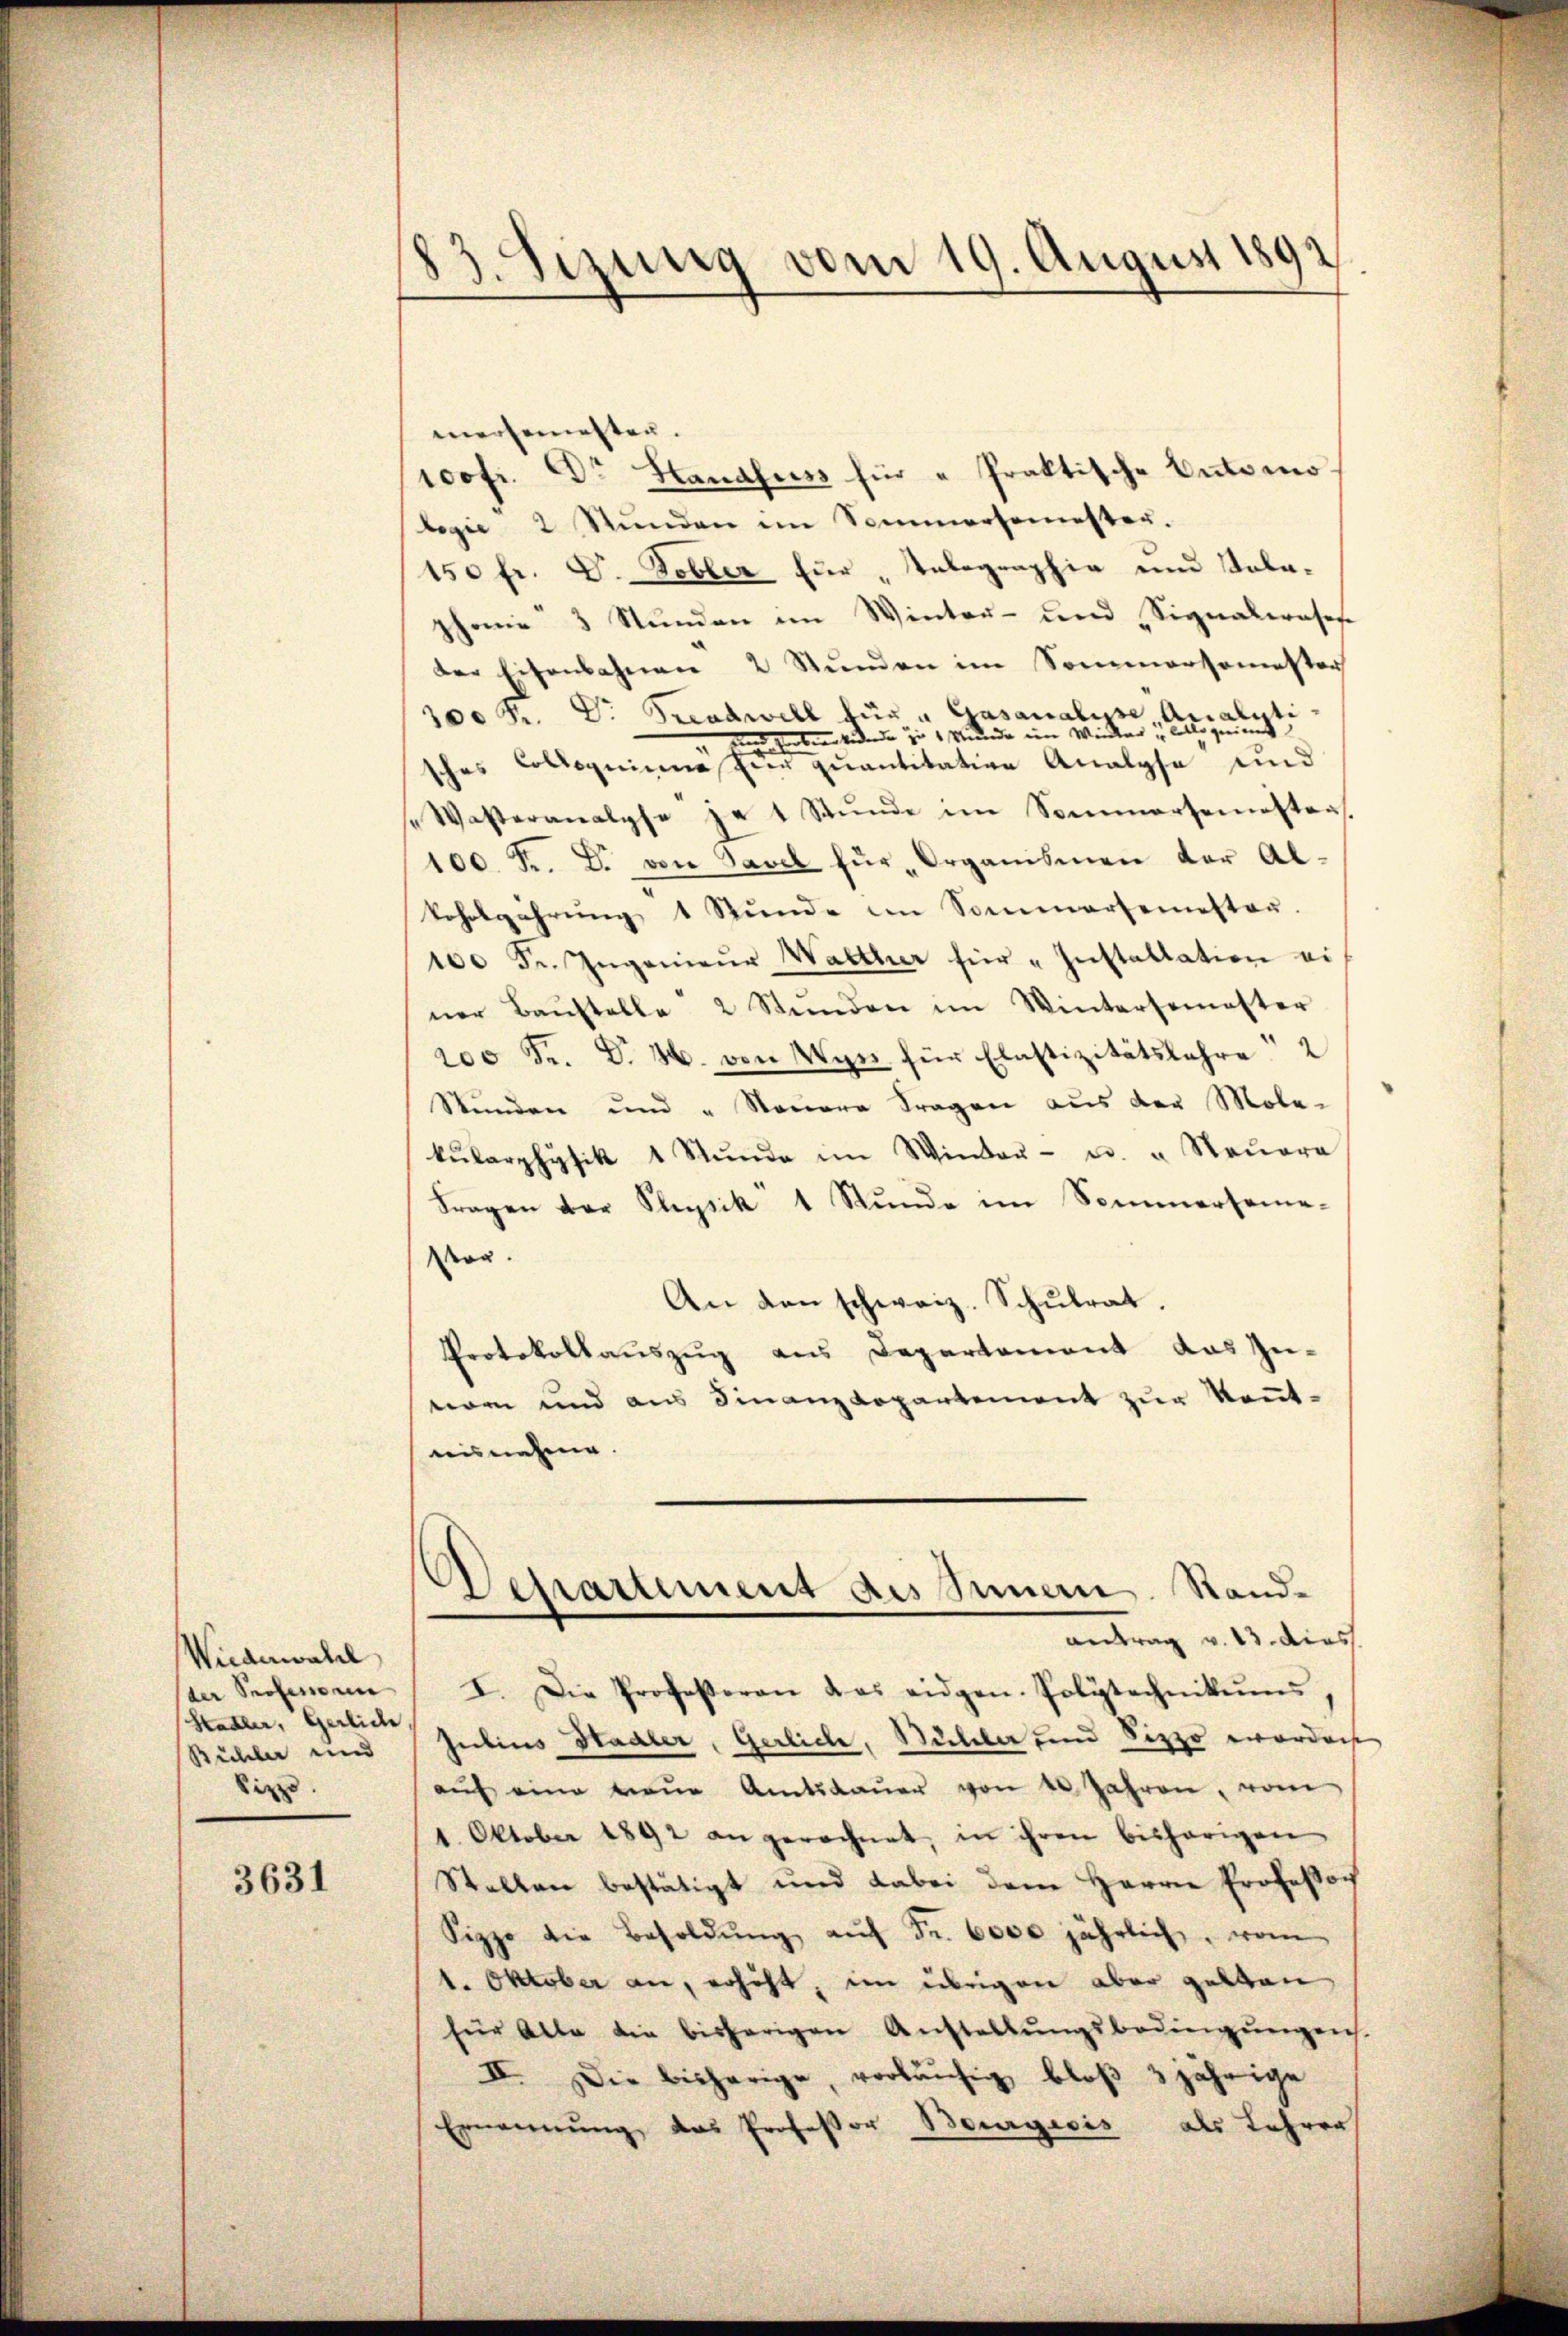
Wiederwahl
der Professun
Hadler, Gerliche
Stühler und
Sizzo.

3631

83. Sizung vom 19. August 1892.

mergemesten.
1oofr. Dr Handfuss für "Praktische Automo
begie 2 Stŭnden im Sommersemester.
150 fr. Dr. Tobler für „Telegraphie und Salahonie 3 Stunden im Winter- und Signalerosen
der Eisenbahnen 2 Stunden im Sommersemester
300 Fr. Dr. Graswill für " Gasanalser, Art au
n herben beidende zu 1 kunde im W
sches Collegium hier quantitation Analyse und
Wasteranalphe je 1 Stunde im Sommersemesters.
100. F. B. von Savel für „Organismen der Al-
koholgährŭng 1 Stŭnde im Sommersemester.
100 Fr. Ingenieŭr Walther für "Installation ei
ner Baŭstelle 2 Stŭnden im Wintersemester
200 Fr. Dr. H. von Wyn für Elastizitätslehre 2
Stunden und "Naŭere Fragen aus der Mole-
kŭlarphysik 1 Stŭnde im Winter- u. " Neŭera
Fragen der Physik 1 Stŭnde im Sommersame-
Mon.
An den schweiz. Schŭlrat.
Protokollauszug aus Departament das Zu-
eeren und aus Finanz Lopartement zur Kenntaisnehme.

Departement des Innern. Standantrag v. 13. dies

I. Die Professoren das eidgen. Polytechnikums,
Julius Stadler, Gerliche, Bühler und Sippo ewordes
aŭf eine neŭe Amtsdaŭer von 10 Jahren, vom
1. Oktober 1891 angerechnet, in ihren bisherigen
Stellen bestätigt und dabei dem Herrn Professor
Sippo die Besoldŭng aŭf Fr. 6000 jährlich, vom
1. Oktober an, erhöht, im übrigen aber gelten
für Alte die bisherigen Anstellŭngsbedingŭngen.
II. Die bisherige, vorläufig bloß 3jährige
Ernennung, das Professor Beurgicis als Lehrer